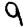
Digit: 9